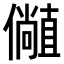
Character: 𫤁